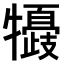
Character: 𤛽